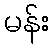
မန်း